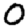
Digit: 0